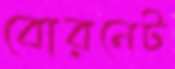
বোরনেট